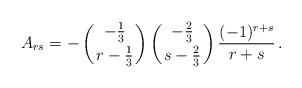
LaTeX: \begin{align*}A_{rs}=-\left({-{1\over 3}\atop{r-{1\over 3}}}\right)\left({-{2\over 3}\atop{s-{2\over 3}}}\right){(-1)^{r+s}\over{r+s}}\,.\end{align*}